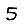
Digit: 5